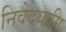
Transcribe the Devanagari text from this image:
निवेदयामि